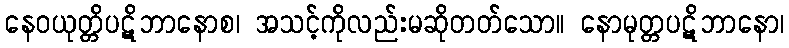
နေဝယုတ္တိပဋိဘာနောစ၊ အသင့်ကိုလည်းမဆိုတတ်သော။ နောမုတ္တပဋိဘာနော၊